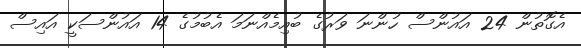
އެގޮތުން 24 އައުންސް ހުންނަ ވަރުގެ ބުއިމެއްނަމަ އެބުމުގެ 14 އައުންސަކީ އައިސް